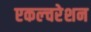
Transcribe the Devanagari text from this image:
एकल्चरेशन